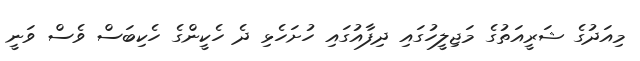
މިއަދުގެ ޝަރީއަތުގެ މަޖިލީހުގައި ދިފާއުގައި ހުށަހެޅި ދެ ހެކީންގެ ހެކިބަސް ވެސް ވަނީ